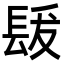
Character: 𨱳